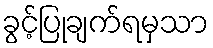
ခွင့်ပြုချက်ရမှသာ